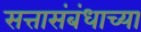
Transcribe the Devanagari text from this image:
सत्तासंबंधाच्या